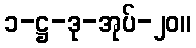
၁-ဋ္ဌ-ဒု-အုပ်-၂၀။